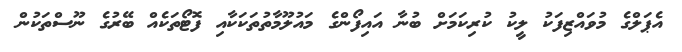
އެޕަލްގެ މުވައްޒިފަކު ލީކު ކުރިކަމަށް ބުނާ އައިފޯންގެ މައުލޫމާތުތަކަކާއި ފޮޓޯތަކެއް ބޭރުގެ ނޫސްތަކުން